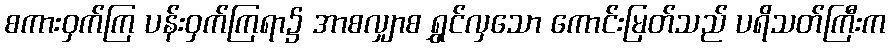
စကားဝှက်ကြ ပန်းဝှက်ကြရာ၌ အာစလျှာစ ရွှင်လှသော ကောင်းမြတ်သည် ပရိသတ်ကြီးက